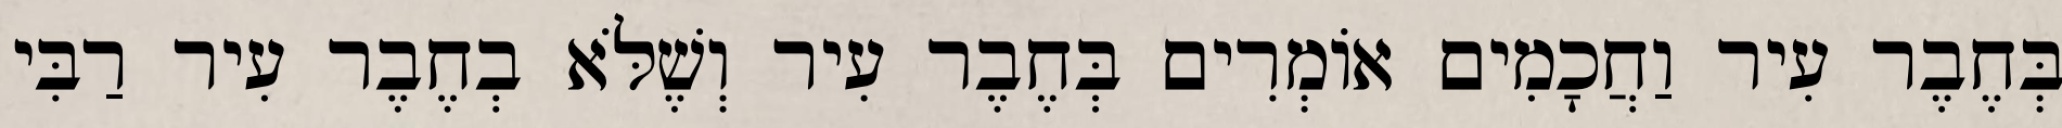
בְּחֶבֶר עִיר וַחֲכָמִים אוֹמְרִים בְּחֶבֶר עִיר וְשֶׁלֹּא בְחֶבֶר עִיר רַבִּי